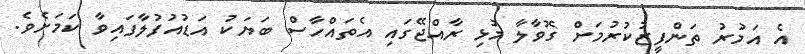
އެ އަމުރު ތަންފީޒުކުރުމަށް ގޮވާލާ މުޅި ރާއްޖޭގައި އެތައްހާސް ބަޔަކު އަޑުއުފުލާފައިވާ ކަމަށެވެެ.